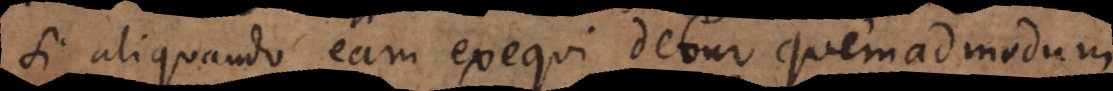
si aliquando eam exequi detur quemadmodum